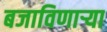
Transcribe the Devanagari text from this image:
बजाविणार्‍या